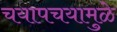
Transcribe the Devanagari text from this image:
चयापचयामुळे